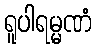
ရူပါရမ္မဏံ